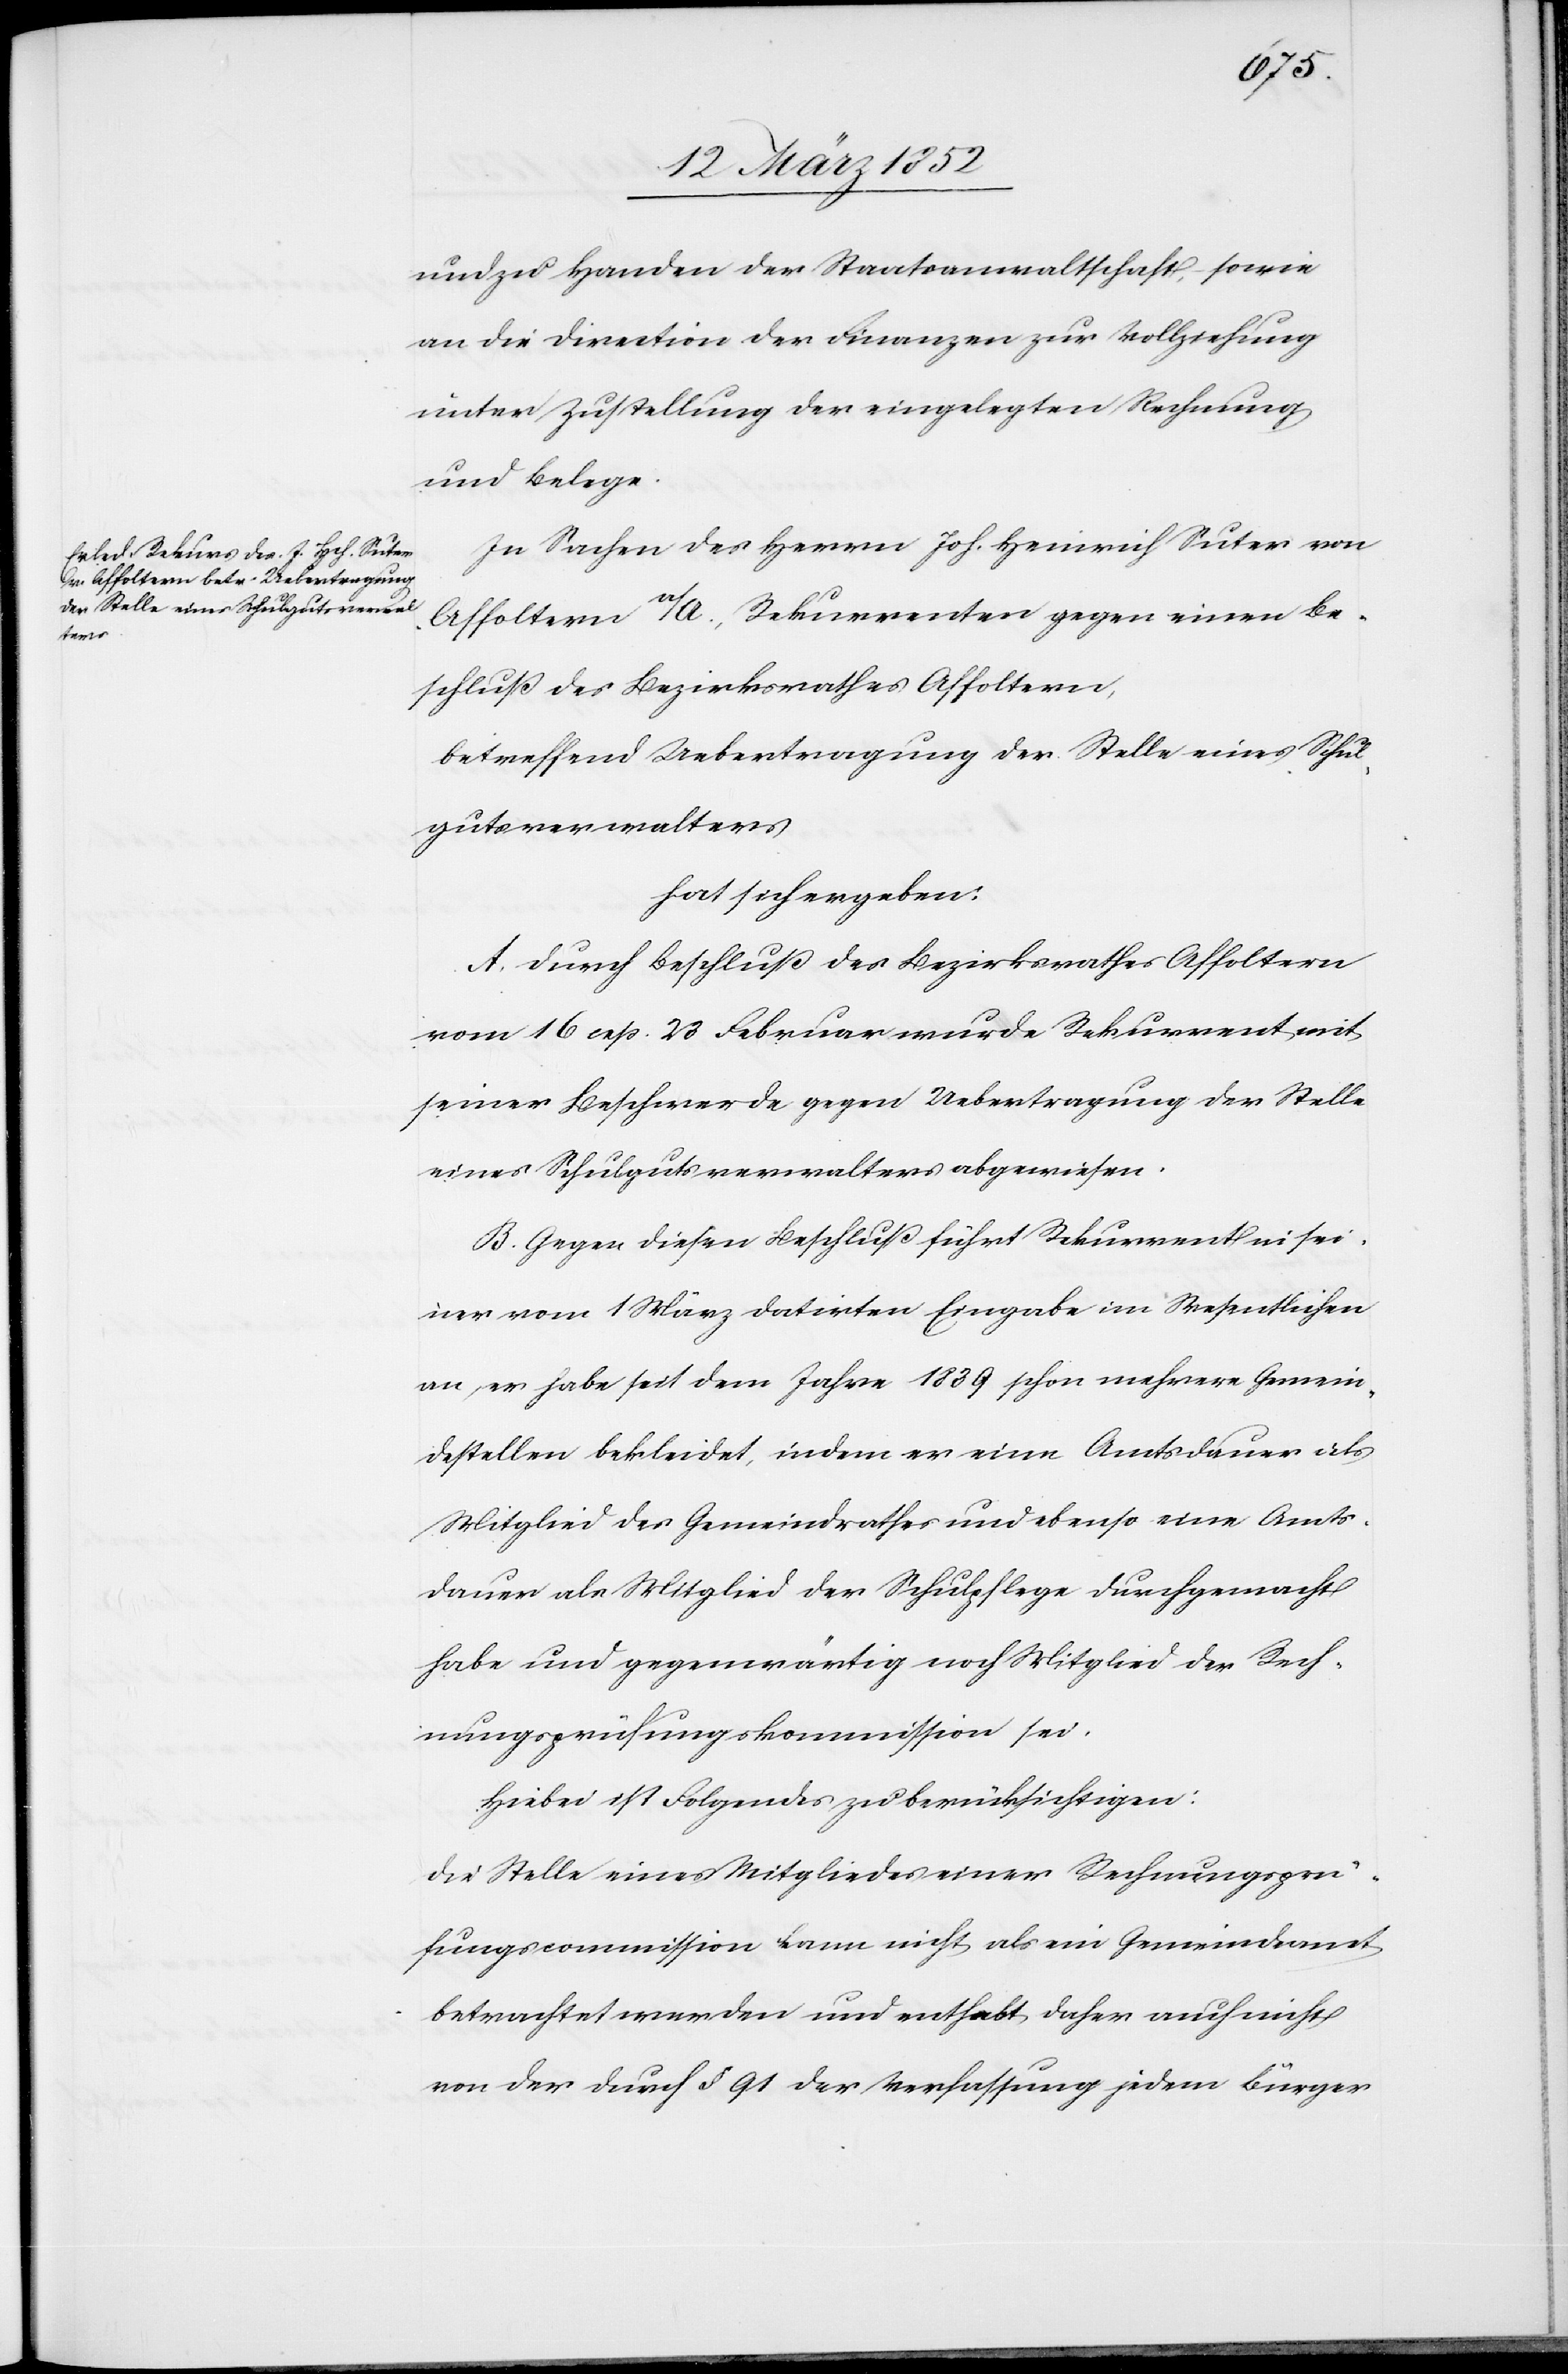
und zu Handen der Staatsanwaltschaft, sowie
an die Direction der Finanzen zur Vollziehung
unter Zustellung der eingelegten Rechnung
und Belege.
In Sachen des Herrn Joh. Heinrich Suter von
Affoltern a/A., Rekurrenten gegen einen Be¬
schluß des Bezirksrathes Affoltern,
betreffend Uebertragung der Stelle eines Schul¬
gutsverwalters
hat sich ergeben:
A. Durch Beschluß des Bezirksrathes Affoltern
vom 16 rsp. 23 Februar wurde Rekurrent mit
seiner Beschwerde gegen Uebertragung der Stelle
eines Schulgutsverwalters abgewiesen.
B. Gegen diesen Beschluß führt Rekurrent in sei¬
ner vom 1 März datirten Eingabe im Wesentlichen
an, er habe seit dem Jahre 1839 schon mehrere Gemein¬
destellen bekleidet, indem er eine Amtsdauer als
Mitglied des Gemeindrathes und ebenso eine Amts¬
dauer als Mitglied der Schulpflege durchgemacht
habe und gegenwärtig noch Mitglied der Rech¬
nungsprüfungskommission sei.
Hiebei ist Folgendes zu berücksichtigen:
Die Stelle eines Mitgliedes einer Rechnungsprü¬
fungskommission kann nicht als ein Gemeindsamt
betrachtet werden und enthebt daher auch nicht
von der durch § 91 der Verfassung jedem Bürger